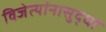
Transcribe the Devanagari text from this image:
विजेत्यांनासुद्धा